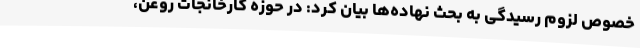
خصوص لزوم رسیدگی به بحث نهاده‌ها بیان کرد: در حوزه کارخانجات روغن،